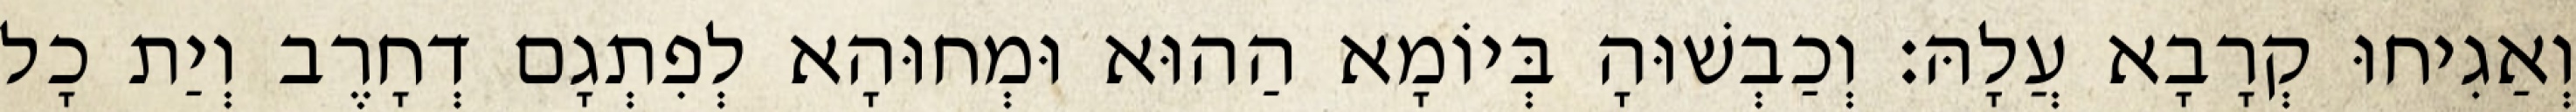
וְאַגִיחוּ קְרָבָא עֲלָהּ׃ וְכַבְשׁוּהָ בְּיוֹמָא הַהוּא וּמְחוּהָא לְפִתְגָם דְחָרֶב וְיַת כָל